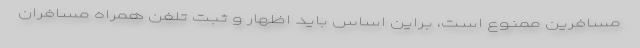
مسافرین ممنوع است، براین اساس باید اظهار و ثبت تلفن همراه مسافران